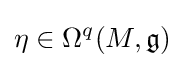
\eta \in \Omega ^{q}(M,{\mathfrak {g}})